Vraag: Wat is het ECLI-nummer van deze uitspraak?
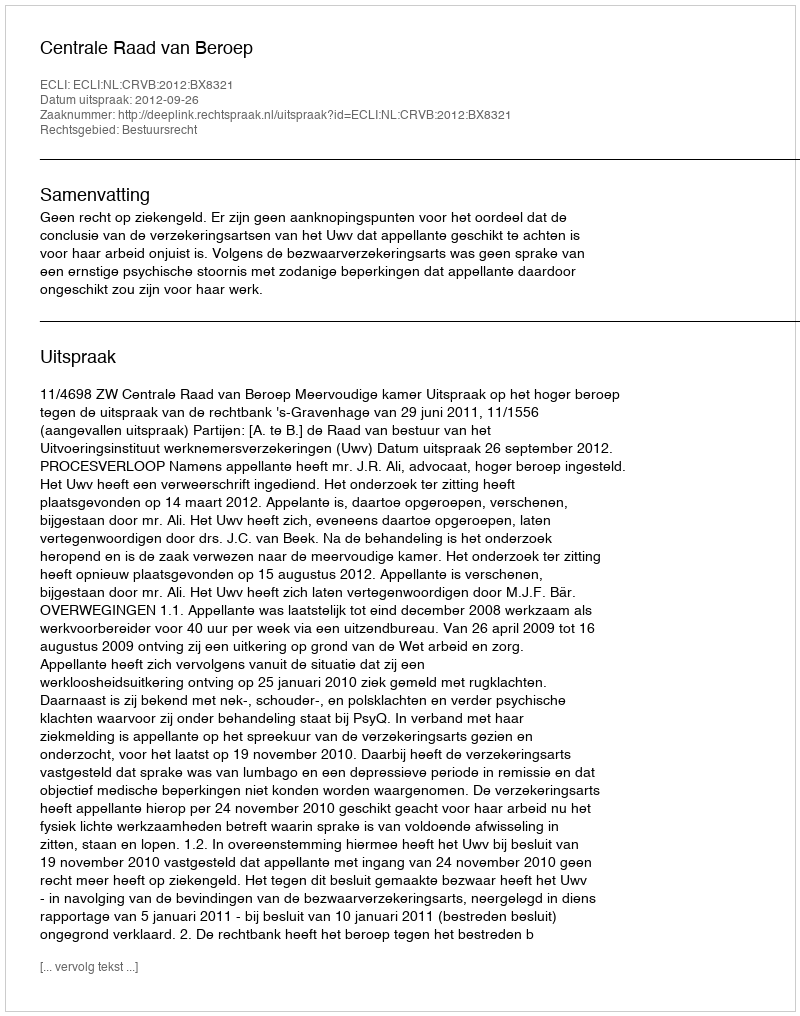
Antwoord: ECLI:NL:CRVB:2012:BX8321